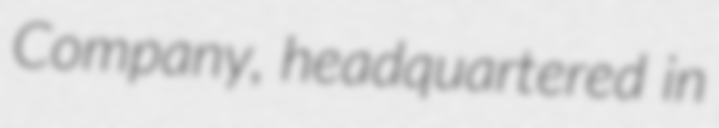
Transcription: Company, headquartered in